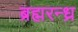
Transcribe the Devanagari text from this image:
ब्रह्मरन्ध्र